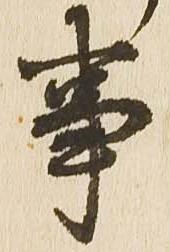
事